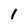
Character: 1